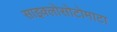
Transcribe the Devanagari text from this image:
साइक्लोसोटोमाटा